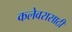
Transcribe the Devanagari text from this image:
कलेवरासाठी